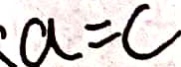
a = c